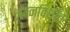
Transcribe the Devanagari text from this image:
लग्नविधींत